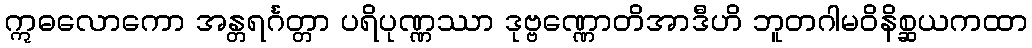
ဣဓလောကော အန္တရင်္ဂတ္တာ ပရိပုဏ္ဏဿာ ဒုဗ္ဗဏ္ဏောတိအာဒီဟိ ဘူတဂါမဝိနိစ္ဆယကထာ